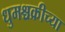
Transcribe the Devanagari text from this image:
धुमश्चक्रीच्या